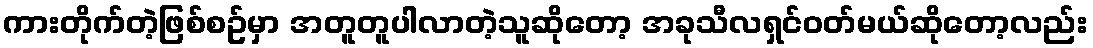
ကားတိုက်တဲ့ဖြစ်စဥ်မှာ အတူတူပါလာတဲ့သူဆိုတော့ အခုသီလရှင်ဝတ်မယ်ဆိုတော့လည်း